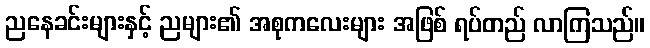
ညနေခင်းများနှင့် ညများ၏ အစုကလေးများ အဖြစ် ရပ်တည် လာကြသည်။